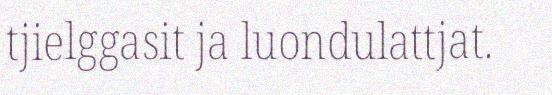
tjielggasit ja luondulattjat.